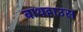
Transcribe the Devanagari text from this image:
बाथहाउस